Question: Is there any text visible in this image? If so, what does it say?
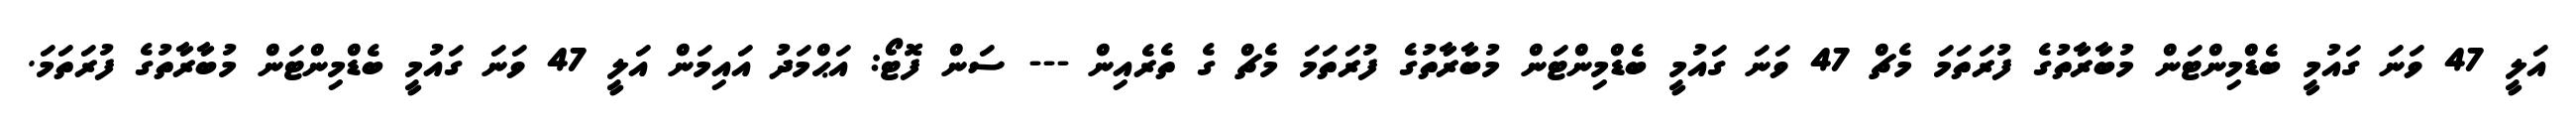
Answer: އަލީ 47 ވަނަ ގައުމީ ބެޑްމިންޓަން މުބާރާތުގެ ފުރަތަމަ މެޗް 47 ވަނަ ގައުމީ ބެޑްމިންޓަން މުބާރާތުގެ ފުރަތަމަ މެޗް ގެ ތެރެއިން --- ސަން ފޮޓޯ: އަޙްމަދު އައިމަން އަލީ 47 ވަނަ ގައުމީ ބެޑްމިންޓަން މުބާރާތުގެ ފުރަތަމަ.